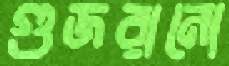
গুজরানো